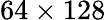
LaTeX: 64\times 128